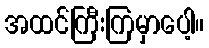
အထင်ကြီးကြမှာပေါ့။